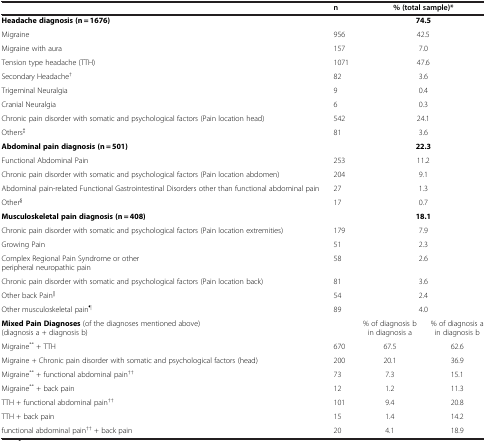
|  | n | <COLSPAN=2> % (total sample)* |
 | --- | --- | --- | --- |
 | Headache diagnosis (n = 1676) |  | <COLSPAN=2> 74.5 |
 | Migraine | 956 | <COLSPAN=2> 42.5 |
 | Migraine with aura | 157 | <COLSPAN=2> 7.0 |
 | Tension type headache (TTH) | 1071 | <COLSPAN=2> 47.6 |
 | Secondary Headache† | 82 | <COLSPAN=2> 3.6 |
 | Trigeminal Neuralgia | 9 | <COLSPAN=2> 0.4 |
 | Cranial Neuralgia | 6 | <COLSPAN=2> 0.3 |
 | Chronic pain disorder with somatic and psychological factors (Pain location head) | 542 | <COLSPAN=2> 24.1 |
 | Others‡ | 81 | <COLSPAN=2> 3.6 |
 | Abdominal pain diagnosis (n = 501) |  | <COLSPAN=2> 22.3 |
 | Functional Abdominal Pain | 253 | <COLSPAN=2> 11.2 |
 | Chronic pain disorder with somatic and psychological factors (Pain location abdomen) | 204 | <COLSPAN=2> 9.1 |
 | Abdominal pain-related Functional Gastrointestinal Disorders other than functional abdominal pain | 27 | <COLSPAN=2> 1.3 |
 | Other§ | 17 | <COLSPAN=2> 0.7 |
 | Musculoskeletal pain diagnosis (n = 408) |  | <COLSPAN=2> 18.1 |
 | Chronic pain disorder with somatic and psychological factors (Pain location extremities) | 179 | <COLSPAN=2> 7.9 |
 | Growing Pain | 51 | <COLSPAN=2> 2.3 |
 | Complex Regional Pain Syndrome or other peripheral neuropathic pain | 58 | <COLSPAN=2> 2.6 |
 | Chronic pain disorder with somatic and psychological factors (Pain location back) | 81 | <COLSPAN=2> 3.6 |
 | Other back Pain|| | 54 | <COLSPAN=2> 2.4 |
 | Other musculoskeletal pain¶ | 89 | <COLSPAN=2> 4.0 |
 | Mixed Pain Diagnoses (of the diagnoses mentioned above) (diagnosis a + diagnosis b) |  | % of diagnosis b in diagnosis a | % of diagnosis a in diagnosis b |
 | Migraine** + TTH | 670 | 67.5 | 62.6 |
 | Migraine + Chronic pain disorder with somatic and psychological factors (head) | 200 | 20.1 | 36.9 |
 | Migraine** + functional abdominal pain†† | 73 | 7.3 | 15.1 |
 | Migraine** + back pain | 12 | 1.2 | 11.3 |
 | TTH + functional abdominal pain†† | 101 | 9.4 | 20.8 |
 | TTH + back pain | 15 | 1.4 | 14.2 |
 | functional abdominal pain†† + back pain | 20 | 4.1 | 18.9 |